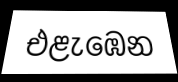
එළැඹෙන